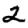
Digit: 2